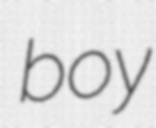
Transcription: boy